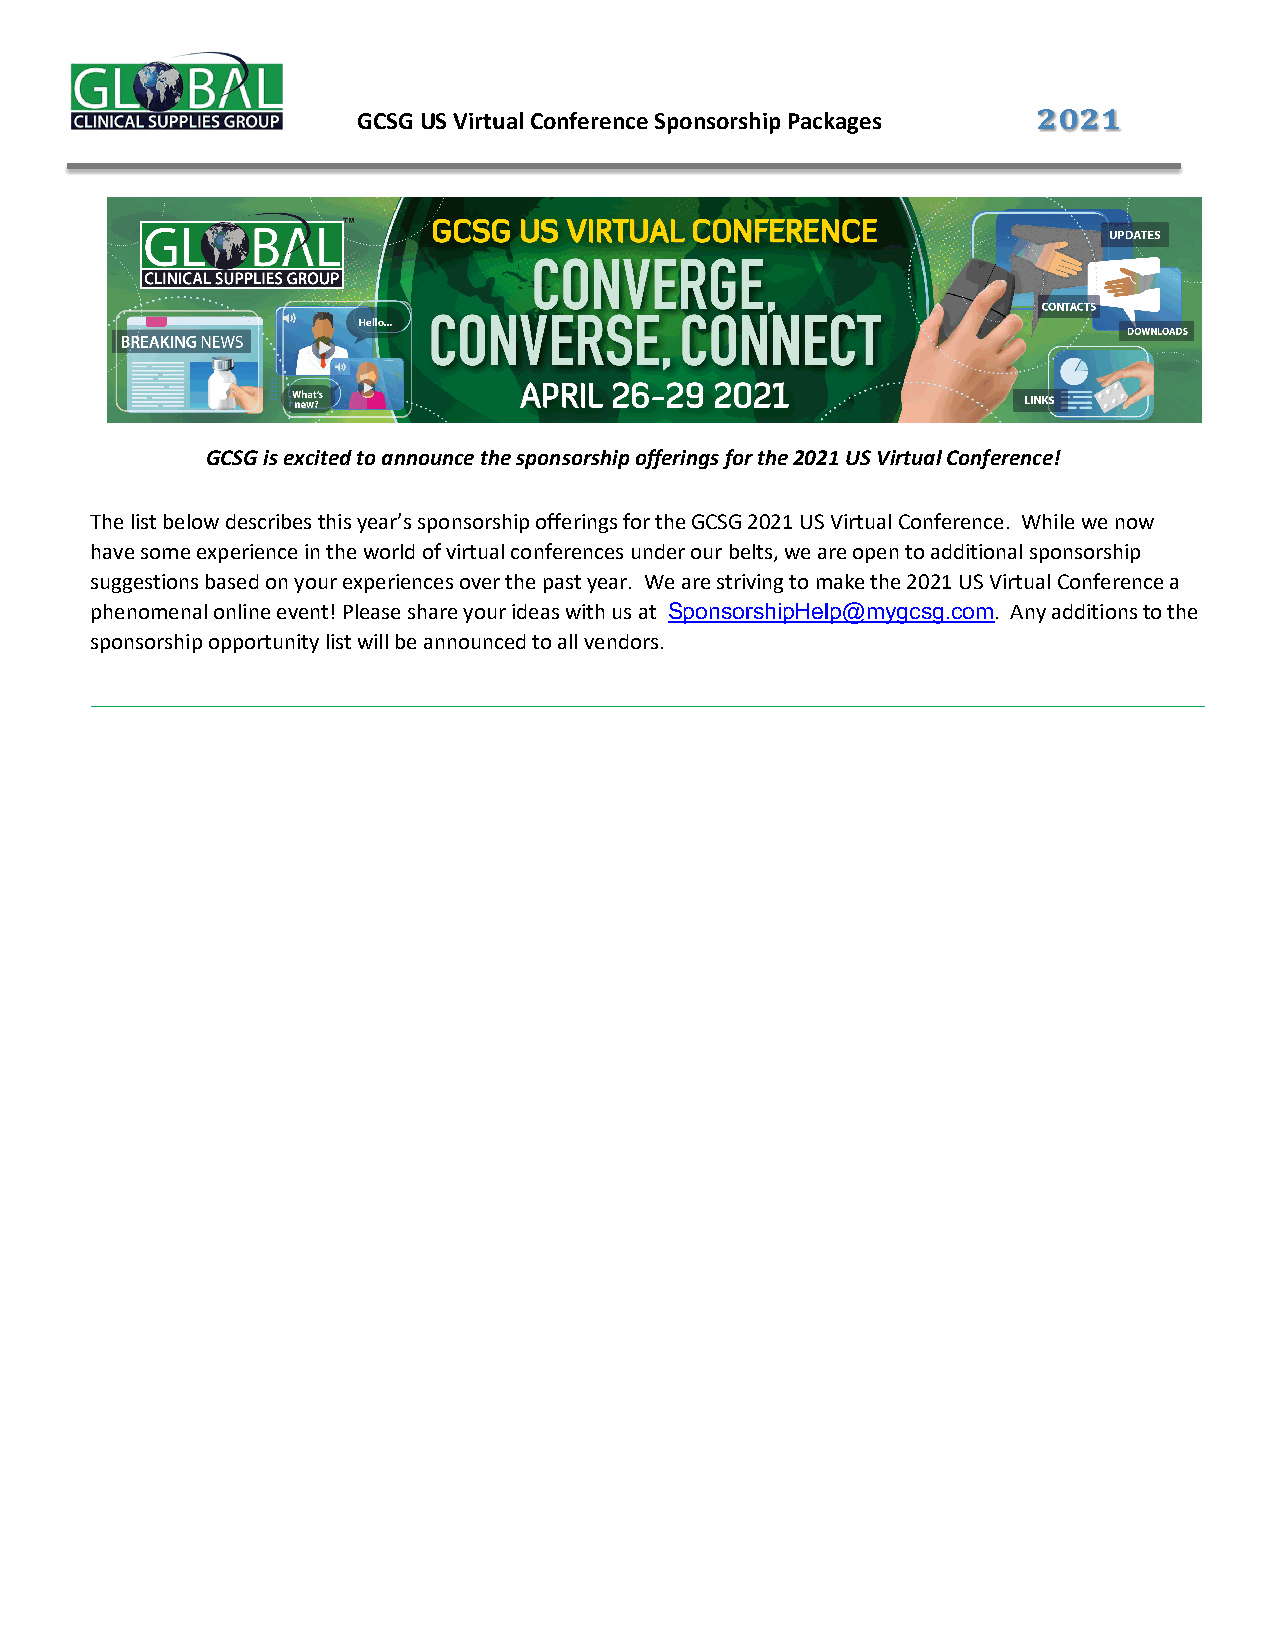
!"!#
 GCSG US Virtual Conference Sponsorship Packages
 GCSG is excited to announce the sponsorship offerings for the 2021 US Virtual Conference!
 The list below describes this year’s sponsorship offerings for the GCSG 2021 US Virtual Conference. While we now
 have some experience in the world of virtual conferences under our belts, we are open to additional sponsorship
 suggestions based on your experiences over the past year. We are striving to make the 2021 US Virtual Conference a
 phenomenal online event! Please share your ideas with us at SponsorshipHelp@mygcsg.com. Any additions to the
 sponsorship opportunity list will be announced to all vendors.